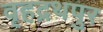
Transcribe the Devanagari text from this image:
वृहद्रथपुर